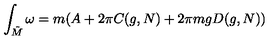
\int _ { { \tilde { M } } } \omega = m ( A + 2 \pi C ( g , N ) + 2 \pi m g D ( g , N ) )